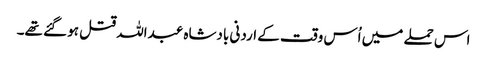
اس حملے میں اُس وقت کے اردنی بادشاہ عبداللہ قتل ہو گئے تھے۔